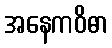
အနေကဝိဓာ